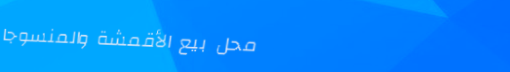
محل بيع الأقمشة والمنسوجا